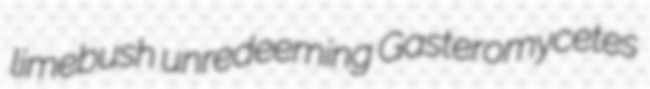
limebush unredeeming Gasteromycetes